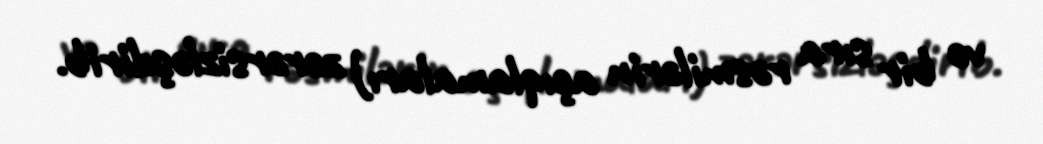
və bir sıra rəsmilərin açıqlamaları) zərərsizləşdirib.